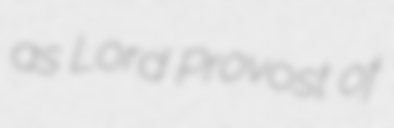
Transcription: as Lord Provost of